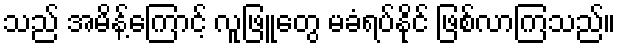
သည် အမိန့်ကြောင့် လူဖြူတွေ မခံရပ်နိုင် ဖြစ်လာကြသည်။